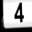
Digit: 4